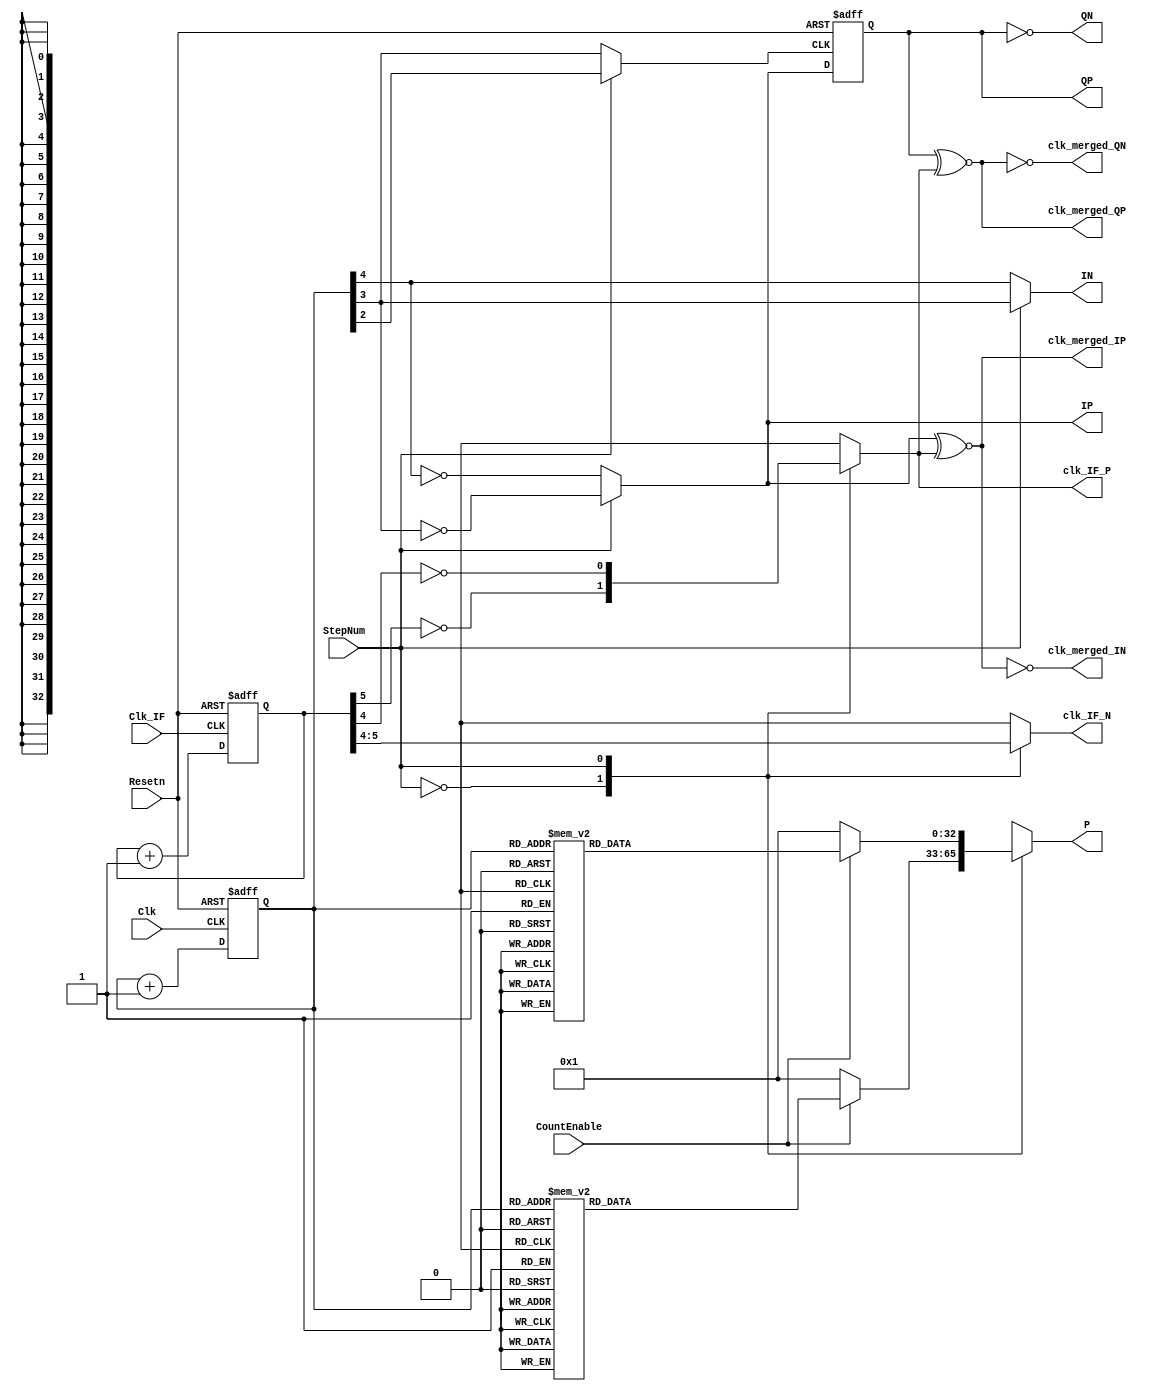
//Verilog HDL for "BioZ_EMG_Model", "BioZ_SIGGEN_DACCtrl" "functional"


module BioZ_SigGen_DACCtrl_2 (
CountEnable,
Clk,
Clk_IF,
Resetn,
StepNum,
P,
clk_IF_P,
clk_IF_N,
clk_merged_IP,
clk_merged_IN,
clk_merged_QP,
clk_merged_QN,
IP,
IN,
QP,
QN
);


//Inputs
input CountEnable;
input Clk;
input Clk_IF;
input Resetn;
input StepNum;


//Outputs
//output wire P1,P2,P3,P4,P5; //Control signals for the DAC
output reg [32:0] P; //Control signals for the DAC
output wire IP,IN; // in-phase (I) reference clock
output wire QP,QN; // quadrature (Q) reference clock
output wire clk_IF_P, clk_IF_N; // IF reference clock
output wire clk_merged_IP,clk_merged_IN, clk_merged_QP,clk_merged_QN; // I/Q merged clocks (I/Q XNOR IF)

reg [32:0] S64;
reg [32:0] S32;
reg [32:0] S16;

reg [5:0] count;
reg [5:0] count_IF;

reg IP_aux, QP_aux, IN_aux, QN_aux, IF_P_aux, IF_N_aux, Q_samp;

// 5bit counter state machine
always @(posedge Clk, negedge Resetn)
begin
    if (Resetn == 0) begin
        count <= 0;
    end else begin
        count <= count + 1;    
    end    
end

always @(posedge Clk_IF, negedge Resetn)
begin
    if (Resetn == 0) begin
        count_IF <= 0;
    end else begin
        count_IF <= count_IF + 1;    
    end    
end

// AMS VERSION 32 steps - 16 steps

//Intermediate signals 64 steps
always @(CountEnable, count)
begin
    if (CountEnable == 1) begin
        case(count)
            0:  S64 = 33'b0_0000_0000_0000_0000_0000_0000_0000_0001; //0 0V         
            1:  S64 = 33'b0_0000_0000_0000_0000_0000_0000_0000_0010;
            2:  S64 = 33'b0_0000_0000_0000_0000_0000_0000_0000_0100;
            3:  S64 = 33'b0_0000_0000_0000_0000_0000_0000_0000_1000;
            4:  S64 = 33'b0_0000_0000_0000_0000_0000_0000_0001_0000;
            5:  S64 = 33'b0_0000_0000_0000_0000_0000_0000_0010_0000;
            6:  S64 = 33'b0_0000_0000_0000_0000_0000_0000_0100_0000;
            7:  S64 = 33'b0_0000_0000_0000_0000_0000_0000_1000_0000;
            8:  S64 = 33'b0_0000_0000_0000_0000_0000_0001_0000_0000; //8 +0.5V
            9:  S64 = 33'b0_0000_0000_0000_0000_0000_0010_0000_0000;
            10: S64 = 33'b0_0000_0000_0000_0000_0000_0100_0000_0000;
            11: S64 = 33'b0_0000_0000_0000_0000_0000_1000_0000_0000;
            12: S64 = 33'b0_0000_0000_0000_0000_0001_0000_0000_0000;
            13: S64 = 33'b0_0000_0000_0000_0000_0010_0000_0000_0000;
            14: S64 = 33'b0_0000_0000_0000_0000_0100_0000_0000_0000;
            15: S64 = 33'b0_0000_0000_0000_0000_1000_0000_0000_0000;
            16: S64 = 33'b0_0000_0000_0000_0001_0000_0000_0000_0000; //16 +1V
            17: S64 = 33'b0_0000_0000_0000_0000_1000_0000_0000_0000;
            18: S64 = 33'b0_0000_0000_0000_0000_0100_0000_0000_0000;
            19: S64 = 33'b0_0000_0000_0000_0000_0010_0000_0000_0000;
            20: S64 = 33'b0_0000_0000_0000_0000_0001_0000_0000_0000;
            21: S64 = 33'b0_0000_0000_0000_0000_0000_1000_0000_0000;
            22: S64 = 33'b0_0000_0000_0000_0000_0000_0100_0000_0000;
            23: S64 = 33'b0_0000_0000_0000_0000_0000_0010_0000_0000;
            24: S64 = 33'b0_0000_0000_0000_0000_0000_0001_0000_0000; //8 +0.5V
            25: S64 = 33'b0_0000_0000_0000_0000_0000_0000_1000_0000;
            26: S64 = 33'b0_0000_0000_0000_0000_0000_0000_0100_0000;
            27: S64 = 33'b0_0000_0000_0000_0000_0000_0000_0010_0000;
            28: S64 = 33'b0_0000_0000_0000_0000_0000_0000_0001_0000;
            29: S64 = 33'b0_0000_0000_0000_0000_0000_0000_0000_1000;
            30: S64 = 33'b0_0000_0000_0000_0000_0000_0000_0000_0100;
            31: S64 = 33'b0_0000_0000_0000_0000_0000_0000_0000_0010;
            32: S64 = 33'b0_0000_0000_0000_0000_0000_0000_0000_0001; //0 0V     
            33: S64 = 33'b0_0000_0000_0000_0010_0000_0000_0000_0000;
            34: S64 = 33'b0_0000_0000_0000_0100_0000_0000_0000_0000;
            35: S64 = 33'b0_0000_0000_0000_1000_0000_0000_0000_0000;
            36: S64 = 33'b0_0000_0000_0001_0000_0000_0000_0000_0000;
            37: S64 = 33'b0_0000_0000_0010_0000_0000_0000_0000_0000;
            38: S64 = 33'b0_0000_0000_0100_0000_0000_0000_0000_0000;
            39: S64 = 33'b0_0000_0000_1000_0000_0000_0000_0000_0000;
            40: S64 = 33'b0_0000_0001_0000_0000_0000_0000_0000_0000; //32 -0.5V
            41: S64 = 33'b0_0000_0010_0000_0000_0000_0000_0000_0000;
            42: S64 = 33'b0_0000_0100_0000_0000_0000_0000_0000_0000;
            43: S64 = 33'b0_0000_1000_0000_0000_0000_0000_0000_0000;
            44: S64 = 33'b0_0001_0000_0000_0000_0000_0000_0000_0000;
            45: S64 = 33'b0_0010_0000_0000_0000_0000_0000_0000_0000;
            46: S64 = 33'b0_0100_0000_0000_0000_0000_0000_0000_0000;
            47: S64 = 33'b0_1000_0000_0000_0000_0000_0000_0000_0000;
            48: S64 = 33'b1_0000_0000_0000_0000_0000_0000_0000_0000; //64 -1V
            49: S64 = 33'b0_1000_0000_0000_0000_0000_0000_0000_0000;
            50: S64 = 33'b0_0100_0000_0000_0000_0000_0000_0000_0000;
            51: S64 = 33'b0_0010_0000_0000_0000_0000_0000_0000_0000;
            52: S64 = 33'b0_0001_0000_0000_0000_0000_0000_0000_0000;
            53: S64 = 33'b0_0000_1000_0000_0000_0000_0000_0000_0000;
            54: S64 = 33'b0_0000_0100_0000_0000_0000_0000_0000_0000;
            55: S64 = 33'b0_0000_0010_0000_0000_0000_0000_0000_0000;
            56: S64 = 33'b0_0000_0001_0000_0000_0000_0000_0000_0000; //32 -0.5V
            57: S64 = 33'b0_0000_0000_1000_0000_0000_0000_0000_0000;
            58: S64 = 33'b0_0000_0000_0100_0000_0000_0000_0000_0000;
            59: S64 = 33'b0_0000_0000_0010_0000_0000_0000_0000_0000;
            60: S64 = 33'b0_0000_0000_0001_0000_0000_0000_0000_0000;
            61: S64 = 33'b0_0000_0000_0000_1000_0000_0000_0000_0000;
            62: S64 = 33'b0_0000_0000_0000_0100_0000_0000_0000_0000;
            63: S64 = 33'b0_0000_0000_0000_0010_0000_0000_0000_0000;
            default: S64 = 33'b0_0000_0000_0000_0000_0000_0000_0000_0001; //0 0V    
         endcase   
    end else begin
            S64 = 33'b0_0000_0000_0000_0000_0000_0000_0000_0001; //0 0V  
    end
end


//Intermediate signals 32 steps
always @(CountEnable, count)
begin
    if (CountEnable == 1) begin
        case(count)
            0:  S32 = 33'b0_0000_0000_0000_0000_0000_0000_0000_0001; //0 0V         
            1:  S32 = 33'b0_0000_0000_0000_0000_0000_0000_0000_0100;
            2:  S32 = 33'b0_0000_0000_0000_0000_0000_0000_0001_0000;
            3:  S32 = 33'b0_0000_0000_0000_0000_0000_0000_0100_0000;
            4:  S32 = 33'b0_0000_0000_0000_0000_0000_0001_0000_0000; //8 +0.5V
            5:  S32 = 33'b0_0000_0000_0000_0000_0000_0100_0000_0000;
            6:  S32 = 33'b0_0000_0000_0000_0000_0001_0000_0000_0000;
            7:  S32 = 33'b0_0000_0000_0000_0000_0100_0000_0000_0000;
            8:  S32 = 33'b0_0000_0000_0000_0001_0000_0000_0000_0000; //16 +1V
            9:  S32 = 33'b0_0000_0000_0000_0000_0100_0000_0000_0000;
            10: S32 = 33'b0_0000_0000_0000_0000_0001_0000_0000_0000;
            11: S32 = 33'b0_0000_0000_0000_0000_0000_0100_0000_0000;
            12: S32 = 33'b0_0000_0000_0000_0000_0000_0001_0000_0000; //8 +0.5V
            13: S32 = 33'b0_0000_0000_0000_0000_0000_0000_0100_0000;
            14: S32 = 33'b0_0000_0000_0000_0000_0000_0000_0001_0000;
            15: S32 = 33'b0_0000_0000_0000_0000_0000_0000_0000_0100;
            16: S32 = 33'b0_0000_0000_0000_0000_0000_0000_0000_0001; //0 0V
            17: S32 = 33'b0_0000_0000_0000_0100_0000_0000_0000_0000;
            18: S32 = 33'b0_0000_0000_0001_0000_0000_0000_0000_0000;
            19: S32 = 33'b0_0000_0000_0100_0000_0000_0000_0000_0000;
            20: S32 = 33'b0_0000_0001_0000_0000_0000_0000_0000_0000; //32 -0.5V
            21: S32 = 33'b0_0000_0100_0000_0000_0000_0000_0000_0000;
            22: S32 = 33'b0_0001_0000_0000_0000_0000_0000_0000_0000;
            23: S32 = 33'b0_0100_0000_0000_0000_0000_0000_0000_0000;
            24: S32 = 33'b1_0000_0000_0000_0000_0000_0000_0000_0000; //64 -1V
            25: S32 = 33'b0_0100_0000_0000_0000_0000_0000_0000_0000;
            26: S32 = 33'b0_0001_0000_0000_0000_0000_0000_0000_0000;
            27: S32 = 33'b0_0000_0100_0000_0000_0000_0000_0000_0000;
            28: S32 = 33'b0_0000_0001_0000_0000_0000_0000_0000_0000; //32 -0.5V
            29: S32 = 33'b0_0000_0000_0100_0000_0000_0000_0000_0000;
            30: S32 = 33'b0_0000_0000_0001_0000_0000_0000_0000_0000;
            31: S32 = 33'b0_0000_0000_0000_0100_0000_0000_0000_0000;
            32: S32 = 33'b0_0000_0000_0000_0000_0000_0000_0000_0001; //0 0V     
            33: S32 = 33'b0_0000_0000_0000_0000_0000_0000_0000_0100;
            34: S32 = 33'b0_0000_0000_0000_0000_0000_0000_0001_0000;
            35: S32 = 33'b0_0000_0000_0000_0000_0000_0000_0100_0000;
            36: S32 = 33'b0_0000_0000_0000_0000_0000_0001_0000_0000; //8 +0.5V
            37: S32 = 33'b0_0000_0000_0000_0000_0000_0100_0000_0000;
            38: S32 = 33'b0_0000_0000_0000_0000_0001_0000_0000_0000;
            39: S32 = 33'b0_0000_0000_0000_0000_0100_0000_0000_0000;
            40: S32 = 33'b0_0000_0000_0000_0001_0000_0000_0000_0000; //16 +1V
            41: S32 = 33'b0_0000_0000_0000_0000_0100_0000_0000_0000;
            42: S32 = 33'b0_0000_0000_0000_0000_0001_0000_0000_0000;
            43: S32 = 33'b0_0000_0000_0000_0000_0000_0100_0000_0000;
            44: S32 = 33'b0_0000_0000_0000_0000_0000_0001_0000_0000; //8 +0.5V
            45: S32 = 33'b0_0000_0000_0000_0000_0000_0000_0100_0000;
            46: S32 = 33'b0_0000_0000_0000_0000_0000_0000_0001_0000;
            47: S32 = 33'b0_0000_0000_0000_0000_0000_0000_0000_0100;
            48: S32 = 33'b0_0000_0000_0000_0000_0000_0000_0000_0001; //0 0V  
            49: S32 = 33'b0_0000_0000_0000_0100_0000_0000_0000_0000;
            50: S32 = 33'b0_0000_0000_0001_0000_0000_0000_0000_0000;
            51: S32 = 33'b0_0000_0000_0100_0000_0000_0000_0000_0000;
            52: S32 = 33'b0_0000_0001_0000_0000_0000_0000_0000_0000; //32 -0.5V
            53: S32 = 33'b0_0000_0100_0000_0000_0000_0000_0000_0000;
            54: S32 = 33'b0_0001_0000_0000_0000_0000_0000_0000_0000;
            55: S32 = 33'b0_0100_0000_0000_0000_0000_0000_0000_0000;
            56: S32 = 33'b1_0000_0000_0000_0000_0000_0000_0000_0000; //64 -1V
            57: S32 = 33'b0_0100_0000_0000_0000_0000_0000_0000_0000;
            58: S32 = 33'b0_0001_0000_0000_0000_0000_0000_0000_0000;
            59: S32 = 33'b0_0000_0100_0000_0000_0000_0000_0000_0000;
            60: S32 = 33'b0_0000_0001_0000_0000_0000_0000_0000_0000; //32 -0.5V
            61: S32 = 33'b0_0000_0000_0100_0000_0000_0000_0000_0000;
            62: S32 = 33'b0_0000_0000_0001_0000_0000_0000_0000_0000;
            63: S32 = 33'b0_0000_0000_0000_0100_0000_0000_0000_0000;
            default: S32 = 33'b0_0000_0000_0000_0000_0000_0000_0000_0001; //0 0V 
         endcase   
    end else begin
            S32 = 33'b0_0000_0000_0000_0000_0000_0000_0000_0001; //0 0V  
    end
end

//Intermediate signals 16 steps
always @(CountEnable, count)
begin
    if (CountEnable == 1) begin
        case(count)
            0:  S16 = 33'b0_0000_0000_0000_0000_0000_0000_0000_0001; //0 0V         
            1:  S16 = 33'b0_0000_0000_0000_0000_0000_0000_0001_0000;
            2:  S16 = 33'b0_0000_0000_0000_0000_0000_0001_0000_0000;
            3:  S16 = 33'b0_0000_0000_0000_0000_0001_0000_0000_0000;
            4:  S16 = 33'b0_0000_0000_0000_0001_0000_0000_0000_0000; //8 +0.5V
            5:  S16 = 33'b0_0000_0000_0000_0000_0001_0000_0000_0000;
            6:  S16 = 33'b0_0000_0000_0000_0000_0000_0001_0000_0000;
            7:  S16 = 33'b0_0000_0000_0000_0000_0000_0000_0001_0000;
            8:  S16 = 33'b0_0000_0000_0000_0000_0000_0000_0000_0001; //16 +1V
            9:  S16 = 33'b0_0000_0000_0001_0000_0000_0000_0000_0000;
            10: S16 = 33'b0_0000_0001_0000_0000_0000_0000_0000_0000;
            11: S16 = 33'b0_0001_0000_0000_0000_0000_0000_0000_0000;
            12: S16 = 33'b1_0000_0000_0000_0000_0000_0000_0000_0000; //8 +0.5V
            13: S16 = 33'b0_0001_0000_0000_0000_0000_0000_0000_0000;
            14: S16 = 33'b0_0000_0001_0000_0000_0000_0000_0000_0000;
            15: S16 = 33'b0_0000_0000_0001_0000_0000_0000_0000_0000;
            16: S16 = 33'b0_0000_0000_0000_0000_0000_0000_0000_0001; //0 0V
            17: S16 = 33'b0_0000_0000_0000_0000_0000_0000_0001_0000;
            18: S16 = 33'b0_0000_0000_0000_0000_0000_0001_0000_0000;
            19: S16 = 33'b0_0000_0000_0000_0000_0001_0000_0000_0000;
            20: S16 = 33'b0_0000_0000_0000_0001_0000_0000_0000_0000; //32 -0.5V
            21: S16 = 33'b0_0000_0000_0000_0000_0001_0000_0000_0000;
            22: S16 = 33'b0_0000_0000_0000_0000_0000_0001_0000_0000;
            23: S16 = 33'b0_0000_0000_0000_0000_0000_0000_0001_0000;
            24: S16 = 33'b0_0000_0000_0000_0000_0000_0000_0000_0001; //64 -1V
            25: S16 = 33'b0_0000_0000_0001_0000_0000_0000_0000_0000;
            26: S16 = 33'b0_0000_0001_0000_0000_0000_0000_0000_0000;
            27: S16 = 33'b0_0001_0000_0000_0000_0000_0000_0000_0000;
            28: S16 = 33'b1_0000_0000_0000_0000_0000_0000_0000_0000; //32 -0.5V
            29: S16 = 33'b0_0001_0000_0000_0000_0000_0000_0000_0000;
            30: S16 = 33'b0_0000_0001_0000_0000_0000_0000_0000_0000;
            31: S16 = 33'b0_0000_0000_0001_0000_0000_0000_0000_0000;
            32: S16 = 33'b0_0000_0000_0000_0000_0000_0000_0000_0001; //0 0V     
            33: S16 = 33'b0_0000_0000_0000_0000_0000_0000_0001_0000;
            34: S16 = 33'b0_0000_0000_0000_0000_0000_0001_0000_0000;
            35: S16 = 33'b0_0000_0000_0000_0000_0001_0000_0000_0000;
            36: S16 = 33'b0_0000_0000_0000_0001_0000_0000_0000_0000; //8 +0.5V
            37: S16 = 33'b0_0000_0000_0000_0000_0001_0000_0000_0000;
            38: S16 = 33'b0_0000_0000_0000_0000_0000_0001_0000_0000;
            39: S16 = 33'b0_0000_0000_0000_0000_0000_0000_0001_0000;
            40: S16 = 33'b0_0000_0000_0000_0000_0000_0000_0000_0001; //16 +1V
            41: S16 = 33'b0_0000_0000_0001_0000_0000_0000_0000_0000;
            42: S16 = 33'b0_0000_0001_0000_0000_0000_0000_0000_0000;
            43: S16 = 33'b0_0001_0000_0000_0000_0000_0000_0000_0000;
            44: S16 = 33'b1_0000_0000_0000_0000_0000_0000_0000_0000; //8 +0.5V
            45: S16 = 33'b0_0001_0000_0000_0000_0000_0000_0000_0000;
            46: S16 = 33'b0_0000_0001_0000_0000_0000_0000_0000_0000;
            47: S16 = 33'b0_0000_0000_0001_0000_0000_0000_0000_0000;
            48: S16 = 33'b0_0000_0000_0000_0000_0000_0000_0000_0001; //0 0V  
            49: S16 = 33'b0_0000_0000_0000_0000_0000_0000_0001_0000;
            50: S16 = 33'b0_0000_0000_0000_0000_0000_0001_0000_0000;
            51: S16 = 33'b0_0000_0000_0000_0000_0001_0000_0000_0000;
            52: S16 = 33'b0_0000_0000_0000_0001_0000_0000_0000_0000; //32 -0.5V
            53: S16 = 33'b0_0000_0000_0000_0000_0001_0000_0000_0000;
            54: S16 = 33'b0_0000_0000_0000_0000_0000_0001_0000_0000;
            55: S16 = 33'b0_0000_0000_0000_0000_0000_0000_0001_0000;
            56: S16 = 33'b0_0000_0000_0000_0000_0000_0000_0000_0001; //64 -1V
            57: S16 = 33'b0_0000_0000_0001_0000_0000_0000_0000_0000;
            58: S16 = 33'b0_0000_0001_0000_0000_0000_0000_0000_0000;
            59: S16 = 33'b0_0001_0000_0000_0000_0000_0000_0000_0000;
            60: S16 = 33'b1_0000_0000_0000_0000_0000_0000_0000_0000; //32 -0.5V
            61: S16 = 33'b0_0001_0000_0000_0000_0000_0000_0000_0000;
            62: S16 = 33'b0_0000_0001_0000_0000_0000_0000_0000_0000;
            63: S16 = 33'b0_0000_0000_0001_0000_0000_0000_0000_0000;
            default: S16 = 33'b0_0000_0000_0000_0000_0000_0000_0000_0001; //0 0V 
         endcase   
    end else begin
            S16 = 33'b0_0000_0000_0000_0000_0000_0000_0000_0001; //0 0V  
    end
end

always @(StepNum,S16,S32,S64)
begin
	case(StepNum) // 00 selects 64 steps, 01 selects 32 steps, 10 selects 16 steps
		2'b00: P = S64;
		2'b01: P = S32;
		2'b10: P = S16;
		default:  P = S64;
    endcase
end

// IF Outputs


always @(StepNum,count_IF)
begin
	case(StepNum) // 00 selects 64 steps, 01 selects 32 steps, 10 selects 16 steps
		2'b00: begin
			IF_P_aux <= ~count_IF[5];
			IF_N_aux <= count_IF[5];
		end
		2'b01: begin // 32 Steps
			IF_P_aux <= ~count_IF[4];
			IF_N_aux <= count_IF[4];
		end
		2'b10: begin // 16 steps
			IF_P_aux <= ~count_IF[3];
			IF_N_aux <= count_IF[3];
		end
		default: begin
			IF_P_aux <= ~count_IF[5];
			IF_N_aux <= count_IF[5];
		end
    endcase
end

assign clk_IF_P = IF_P_aux;
assign clk_IF_N = IF_N_aux;

// I/Q Outputs

always @(StepNum,count)
begin
	if(StepNum == 0) begin // 32 Steps
		IP_aux <= ~count[4];
		IN_aux <= count[4];	
	end else begin // 16 steps
		IP_aux <= ~count[3];
		IN_aux <= count[3];	
	end
end

assign IP = IP_aux;
assign IN = IN_aux;

//always @(StepNum,count)
//begin
//	if(StepNum == 0) begin //32 steps
//		QP_aux = ~count[4];
//		QN_aux <= count[4];	
//	end else begin //16 steps
//		QP_aux = ~count[3];
//		QN_aux <= count[3];	
//	end
//end

//assign QP = QP_aux;
//assign QN = QN_aux;

// clk_merged Outputs

assign clk_merged_IP = (IP ~^ clk_IF_P);
assign clk_merged_IN = ~clk_merged_IP;
assign clk_merged_QP = (QP ~^ clk_IF_P);
assign clk_merged_QN = ~clk_merged_QP;

//Q is created by sampling I exactly in the middle of the high pulse. 
//Aux_Q is the clock used to sample I;

always @(StepNum,count)
begin
    if(StepNum == 0) begin //32 steps
        Q_samp = count[3];
    end else begin //16 steps
        Q_samp = count[2];
    end
end

always @(posedge Q_samp, negedge Resetn)
begin
	if (Resetn == 0) begin
		QP_aux <= 0;
	end else begin
		QP_aux <= IP;
	end    
end

assign QP = QP_aux;
assign QN = ~QP_aux;

endmodule